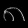
Digit: ၈